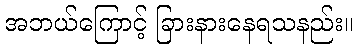
အဘယ်ကြောင့် ခြားနားနေရသနည်း။